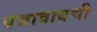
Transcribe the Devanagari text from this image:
बजावायची